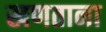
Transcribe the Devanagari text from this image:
खणताना